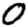
Digit: 0